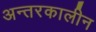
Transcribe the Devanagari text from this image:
अन्तरकालीन